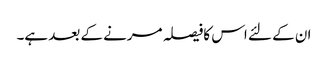
ان کے لئے اس کافیصلہ مرنے کے بعد ہے۔